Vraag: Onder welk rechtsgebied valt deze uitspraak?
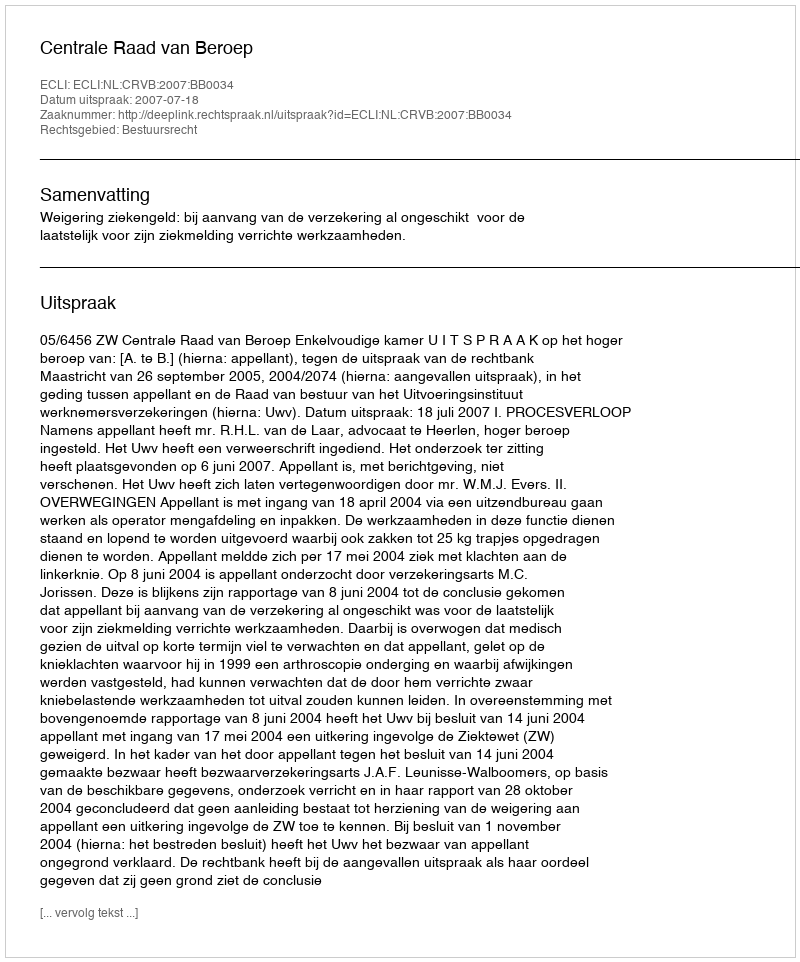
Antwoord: Bestuursrecht